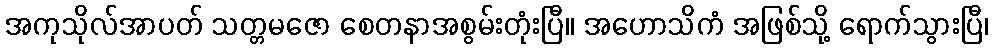
အကုသိုလ်အာပတ် သတ္တမဇော စေတနာအစွမ်းတုံးပြီ။ အဟောသိကံ အဖြစ်သို့ ရောက်သွားပြီ၊